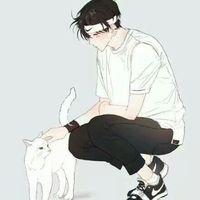
黄衫飞白马，日日青楼下。